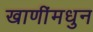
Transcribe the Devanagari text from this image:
खाणींमधुन